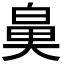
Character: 𮮰